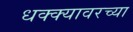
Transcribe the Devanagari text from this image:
धक्क्यावरच्या